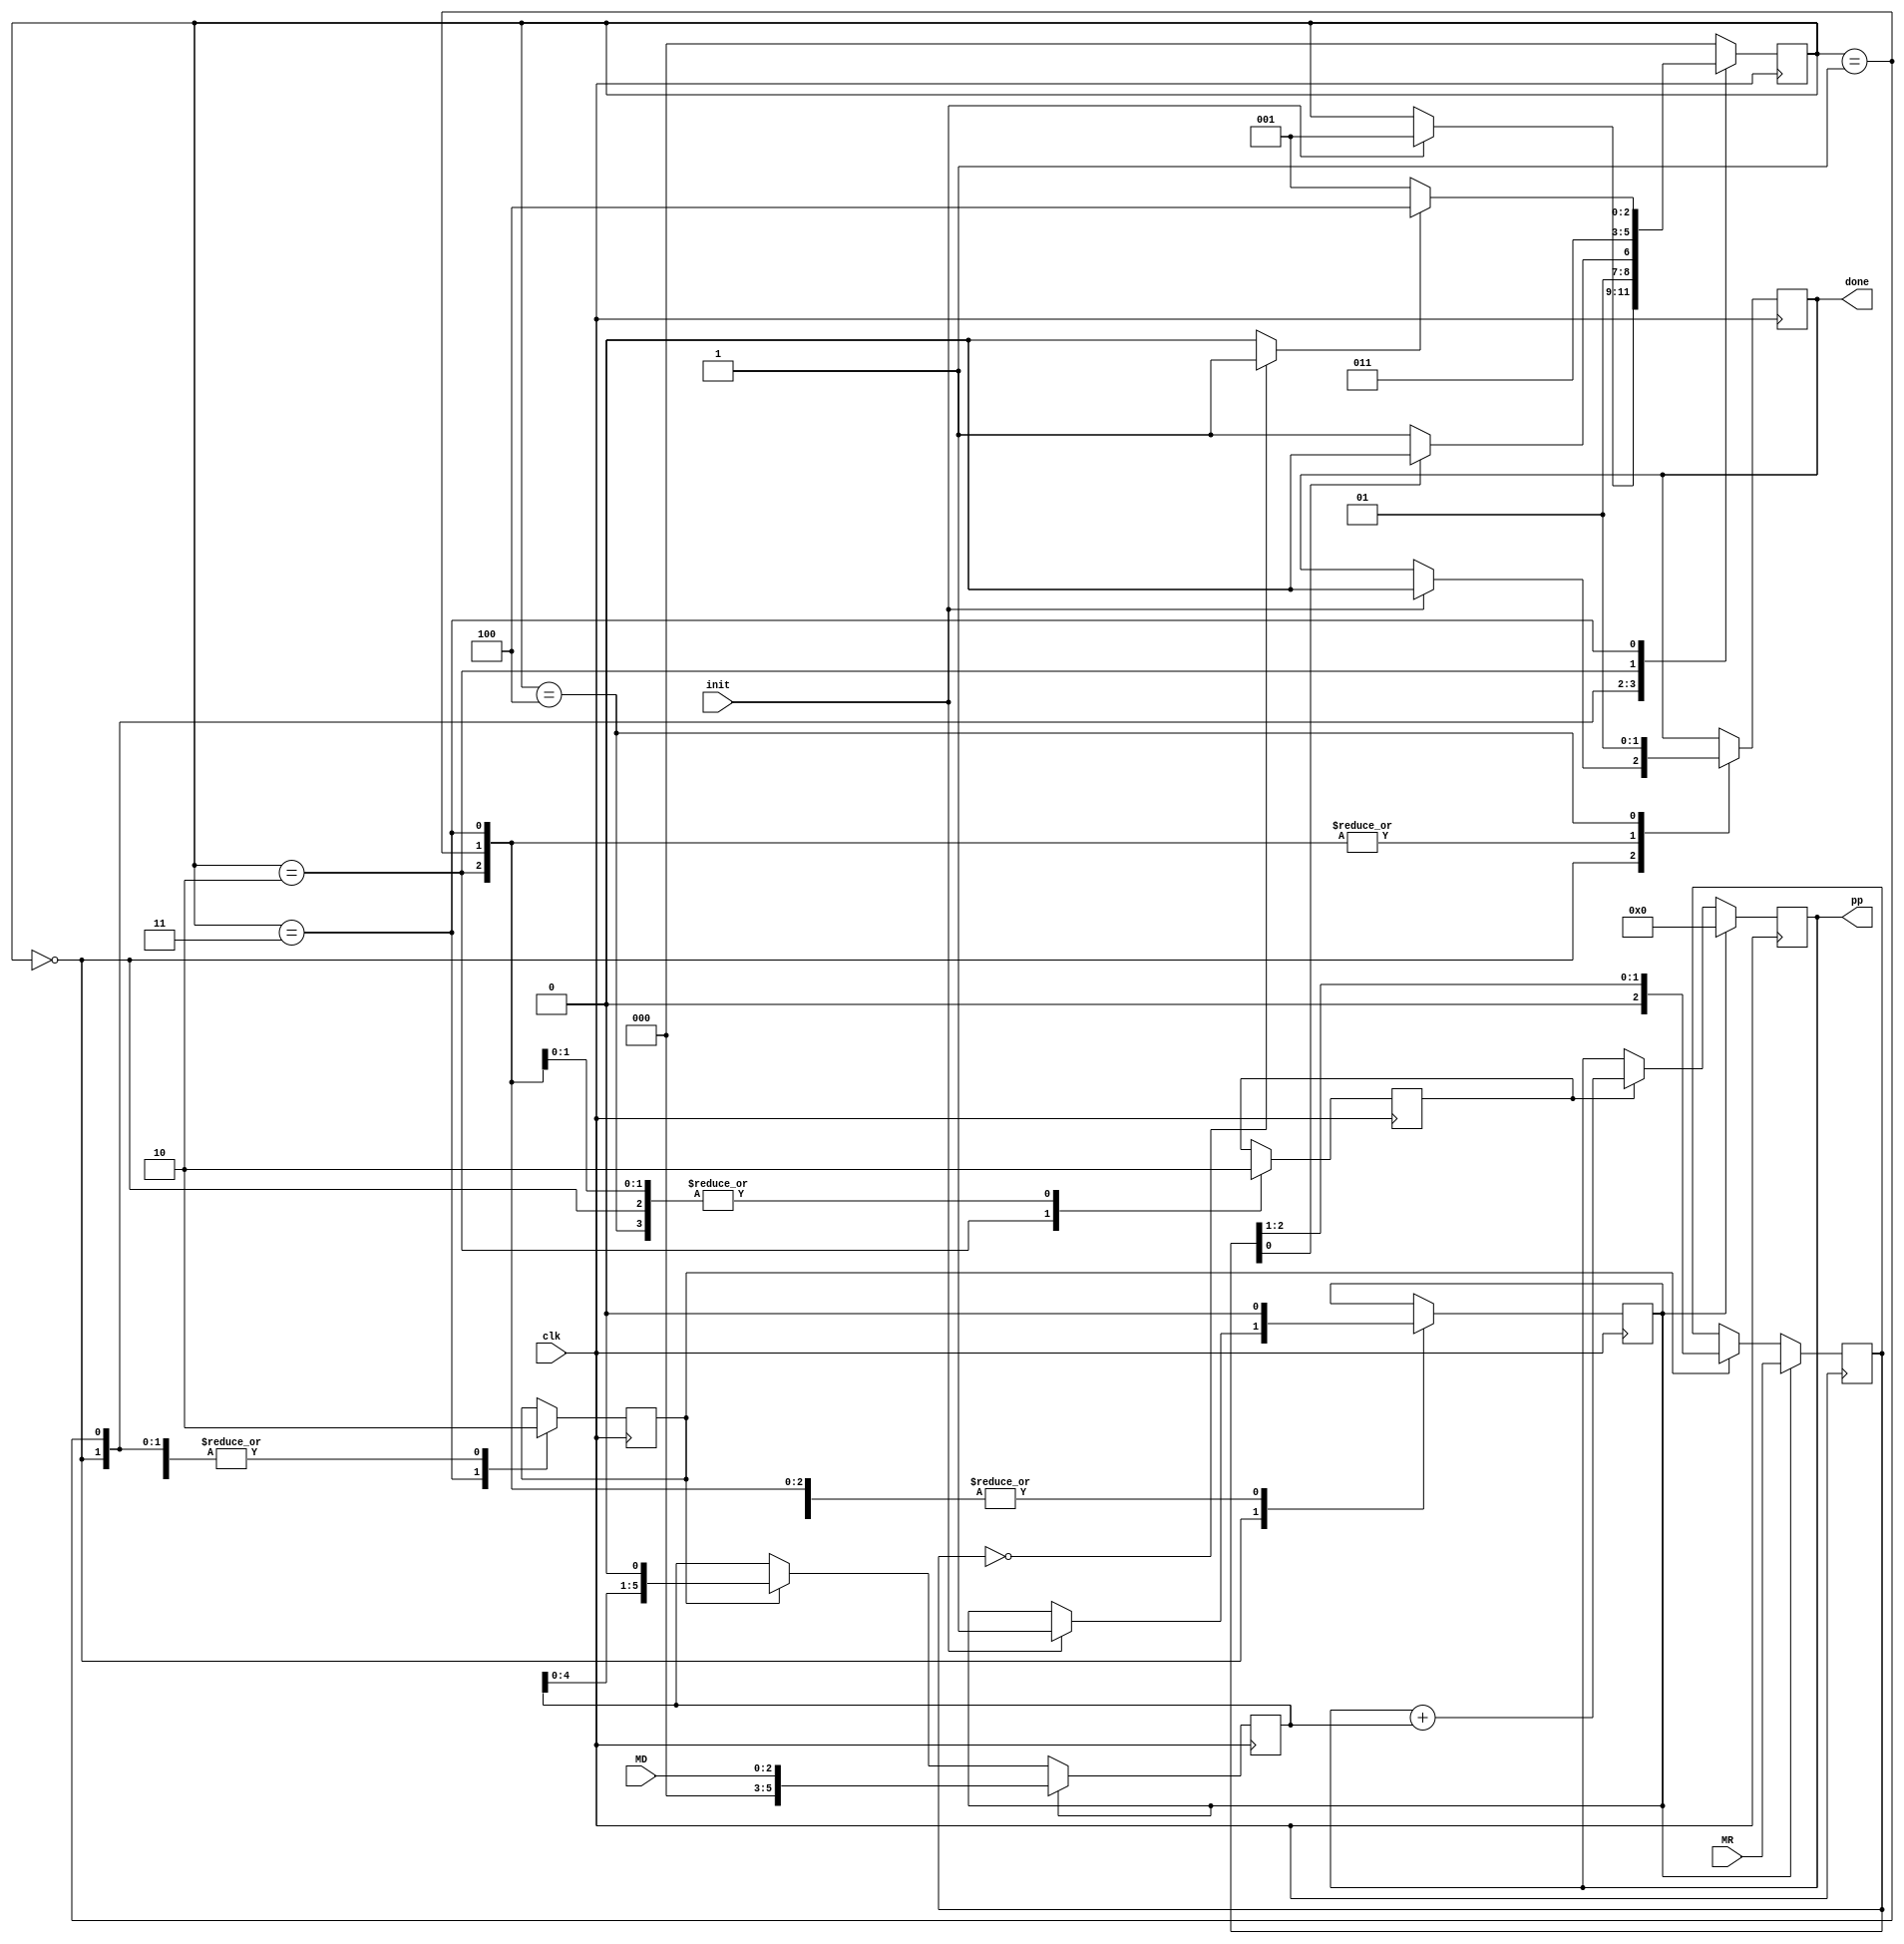
`timescale 1ns / 1ps
//////////////////////////////////////////////////////////////////////////////////
// Company:
// Engineer:
//
// Design Name:
// Module Name:    multiplicador
// Project Name:
// Target Devices:
// Tool versions:
// Description:
//
// Dependencies:
//
// Revision:
// Revision 0.01 - File Created
// Additional Comments:
//
//////////////////////////////////////////////////////////////////////////////////
module multiplicador( input [2:0] MR, //Entrada que recibir el valor de B (Multiplicador)
							 input [2:0] MD, //Entrada que recibir el valor de A (Multiplicando)
							 input init, //Seal de control para dar inicio al multiplicador o permanecer en el estado 0 (START)
							 input clk, //Seal de reloj para sincronizar
							 output reg [5:0] pp, //El registro que guardar los Productos Parciales
							 output reg done //Seal de control para poder pasar al estado 5 (END1)
    );

reg sh; //Seal de control para habilitar el shift
reg rst; //Seal de control para fijar el Producto Parcial (PP) en 0
reg add; //Seal de control para habilitar la suma
reg [5:0] A; //Multiplicando
reg [2:0] B; //Multiplicador
wire z; //Seal de control que producir el comparador

reg [2:0] status =0; //Almacena el estado actual de la MEF (0 a 4) (5 en total)

// bloque comparador
assign z=(B==0)?1:0; //Si B==0, el comparador se mantiene en 1, pero cuando eso no se cumpla, valdr 0



//bloques de registros de desplazamiento para A y B
always @(posedge clk) begin

	if (rst) begin
		A = {3'b000,MD}; //Devuelve A a su posicin original (En los ltimos 3 LSB), es decir, reinicia el desplazamiento
		B = MR; //Mantiene B intacto
	end
	else	begin
		if (sh) begin
			A= A << 1; //Desplaza A a la izquierda
			B = B >> 1; //Desplaza B a la derecha
		end
	end

end

//bloque de add pp
always @(posedge clk) begin

	if (rst) begin
		pp =0; //Borra lo que haya en PP (Usado al inicio del funcionamiento porque el primer PP=0)
	end
	else	begin
		if (add) begin
		pp =pp+A; //Va almacenando la suma de los PP
		end
	end

end

// FSM
parameter START =0,  CHECK =1, ADD =2, SHIFT =3, END1 =4;

always @(posedge clk) begin
	case (status)
	START: begin //Inicia el estado 0
		sh=0; //Primero configura los valores de las seales de control del siguiente estado para que al entrar a este todo funcione OK
		add=0;
		if (init) begin
			status=CHECK; //Una vez se le da la orden de comenzar, pasa al estado 1
			done =0;
			rst=1; //Hace reset para que el PP inicial sea cero y para asegurar que el valor de A no tenga un desplazamiento previo
		end
		end
	CHECK: begin
		done=0; //Define los valores para las seales de control tal cual qued en el diagrama de estados
		rst=0;
		sh=0;
		add=0;
		if (B[0]==1) //Toma la decisin para saber si debe sumar o solo desplazar (Pasar a estado 2 o estado 3)
			status=ADD;
		else
			status=SHIFT;
		end
	ADD: begin
		done=0; //Si pasa al estado 2, define los valores como se indica en el diagrama de estados
		rst=0;
		sh=0;
		add=1;
		status=SHIFT; //Y al finalizar dicha "inicializacin" de valores, pasa al estado 3
		end
	SHIFT: begin
		done=0; //Define los valores para las seales de control tal y como se hizo en anteriores estados
		rst=0;
		sh=1;
		add=0;
		if (z==1) //Segn lo que indique el comparador al final de definir los valores, se proceder a repetir el estado 1, o seguir al 4
			status=END1;
		else
			status=CHECK;
		end
	END1: begin
		done =1; //Ac se definen los valores del diagrama de estados y se pasa inmediatamente de nuevo a esperar un init que le de inicio al multiplicador
		rst =0;
		sh =0;
		add =0;
		status =START;
	end
	 default:
		status =START;
	endcase

end


endmodule